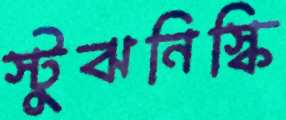
স্টুঝনিস্কি